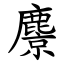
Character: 麖